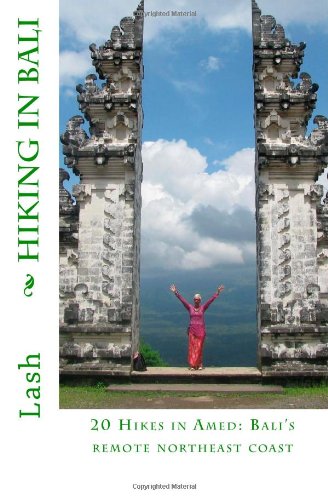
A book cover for Hiking in Bali: 20 Hikes in Amed: Bali's remote northeast coast; Lash; Travel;